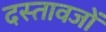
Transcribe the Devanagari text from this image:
दस्तावजों